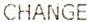
CHANGE